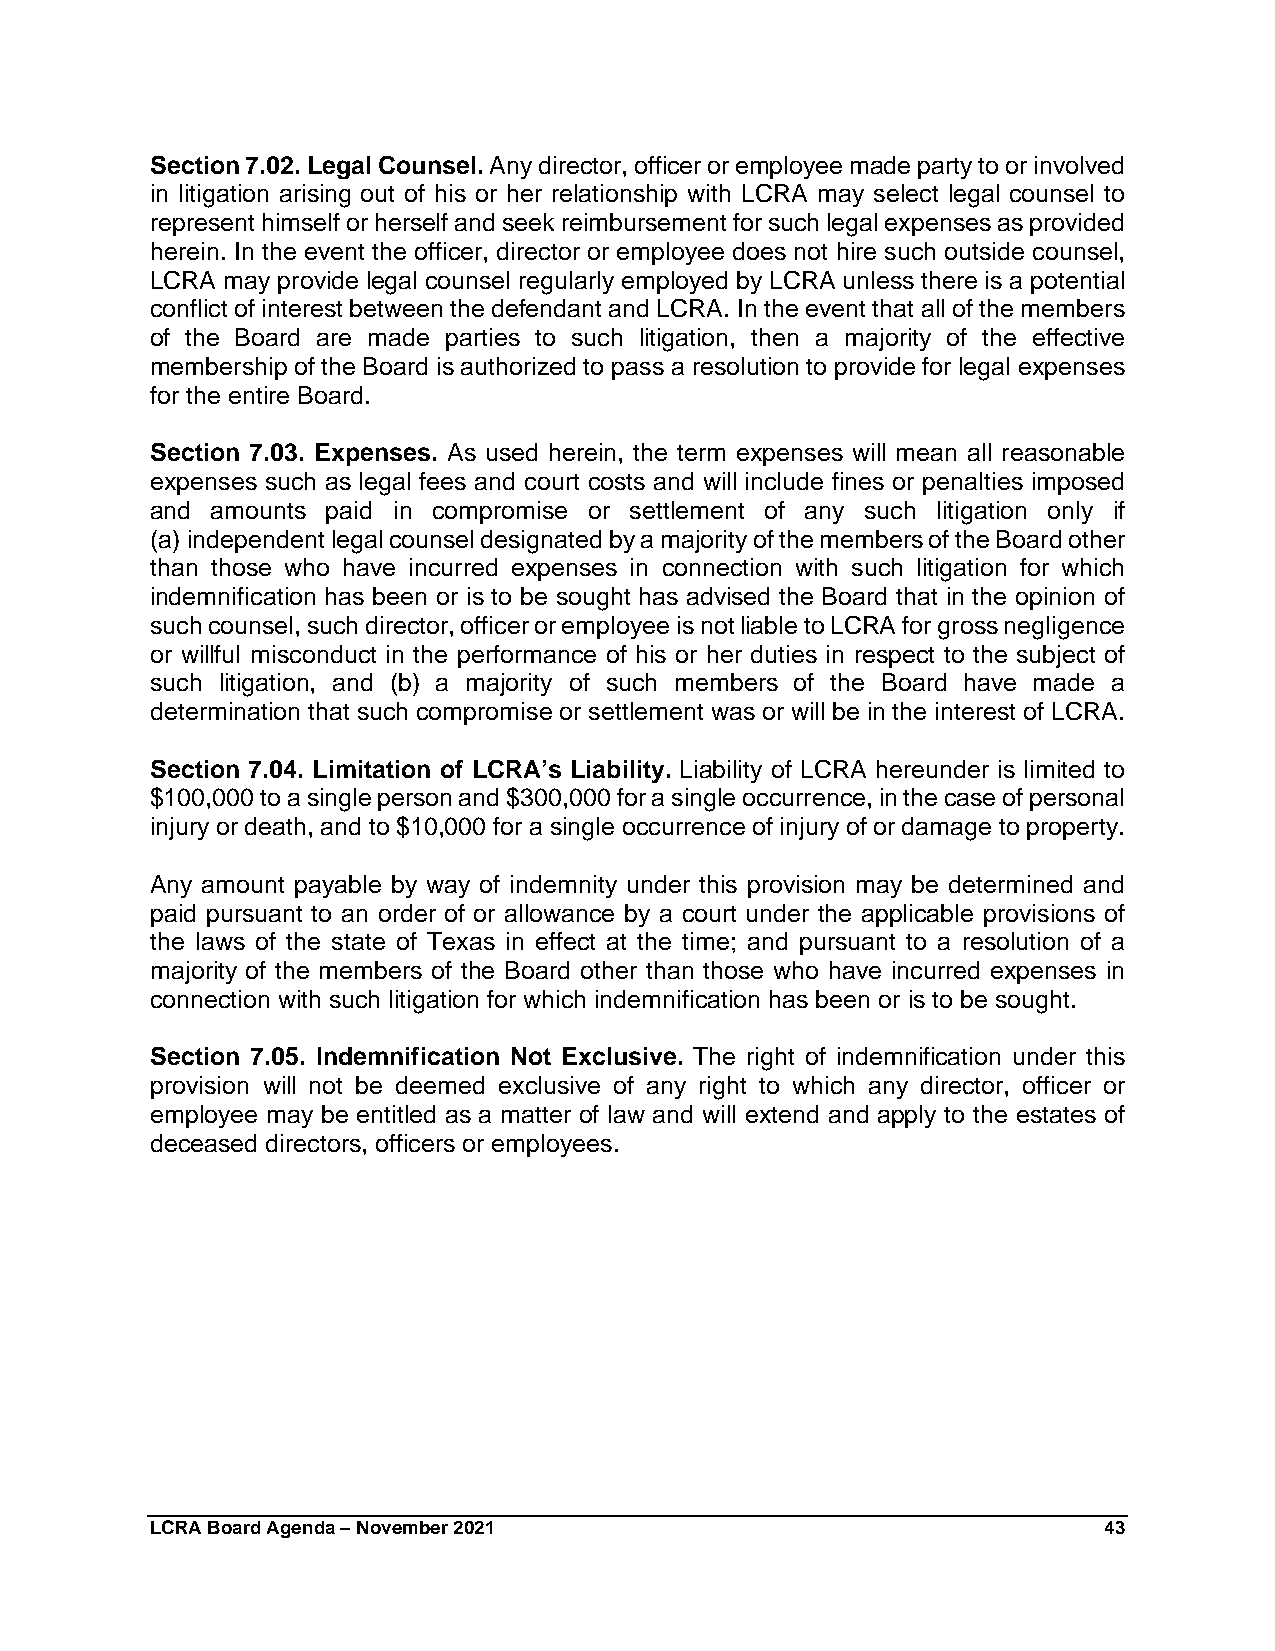
Section 7.02. Legal Counsel. Any director, officer or employee made party to or involved
 in litigation arising out of his or her relationship with LCRA may select legal counsel to
 represent himself or herself and seek reimbursement for such legal expenses as provided
 herein. In the event the officer, director or employee does not hire such outside counsel,
 LCRA may provide legal counsel regularly employed by LCRA unless there is a potential
 conflict of interest between the defendant and LCRA. In the event that all of the members
 of the Board are made parties to such litigation, then a majority of the effective
 membership of the Board is authorized to pass a resolution to provide for legal expenses
 for the entire Board.
 Section 7.03. Expenses. As used herein, the term expenses will mean all reasonable
 expenses such as legal fees and court costs and will include fines or penalties imposed
 and amounts paid in compromise or settlement of any such litigation only if
 (a) independent legal counsel designated by a majority of the members of the Board other
 than those who have incurred expenses in connection with such litigation for which
 indemnification has been or is to be sought has advised the Board that in the opinion of
 such counsel, such director, officer or employee is not liable to LCRA for gross negligence
 or willful misconduct in the performance of his or her duties in respect to the subject of
 such litigation, and (b) a majority of such members of the Board have made a
 determination that such compromise or settlement was or will be in the interest of LCRA.
 Section 7.04. Limitation of LCRA’s Liability. Liability of LCRA hereunder is limited to
 $100,000 to a single person and $300,000 for a single occurrence, in the case of personal
 injury or death, and to $10,000 for a single occurrence of injury of or damage to property.
 Any amount payable by way of indemnity under this provision may be determined and
 paid pursuant to an order of or allowance by a court under the applicable provisions of
 the laws of the state of Texas in effect at the time; and pursuant to a resolution of a
 majority of the members of the Board other than those who have incurred expenses in
 connection with such litigation for which indemnification has been or is to be sought.
 Section 7.05. Indemnification Not Exclusive. The right of indemnification under this
 provision will not be deemed exclusive of any right to which any director, officer or
 employee may be entitled as a matter of law and will extend and apply to the estates of
 deceased directors, officers or employees.
 LCRA Board Agenda – November 2021                              43